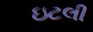
ઇટલી